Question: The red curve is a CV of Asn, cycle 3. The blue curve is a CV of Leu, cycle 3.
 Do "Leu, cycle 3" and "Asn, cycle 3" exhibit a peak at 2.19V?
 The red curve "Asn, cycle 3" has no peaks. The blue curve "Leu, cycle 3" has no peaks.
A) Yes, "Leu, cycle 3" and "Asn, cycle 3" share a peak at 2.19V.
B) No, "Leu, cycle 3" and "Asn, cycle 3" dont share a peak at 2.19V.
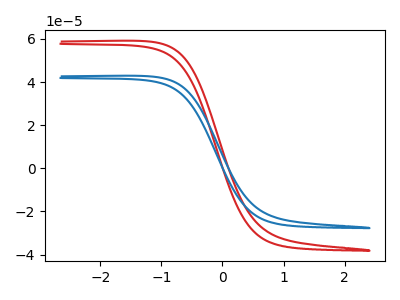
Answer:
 <answer>B) No, "Leu, cycle 3" and "Asn, cycle 3" dont share a peak at 2.19V.</answer>
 <eval>B</eval>